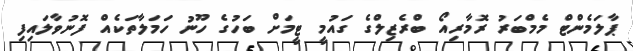
ޕާލަމެންޓް މެމްބަރު ރޮމާރިއޯ ބްރެޒިލްގެ ގައުމީ ޓީމަށް ބަހުގެ ހޫނު ހަމަލާތަކެއް ފޮނުވާލައިފި